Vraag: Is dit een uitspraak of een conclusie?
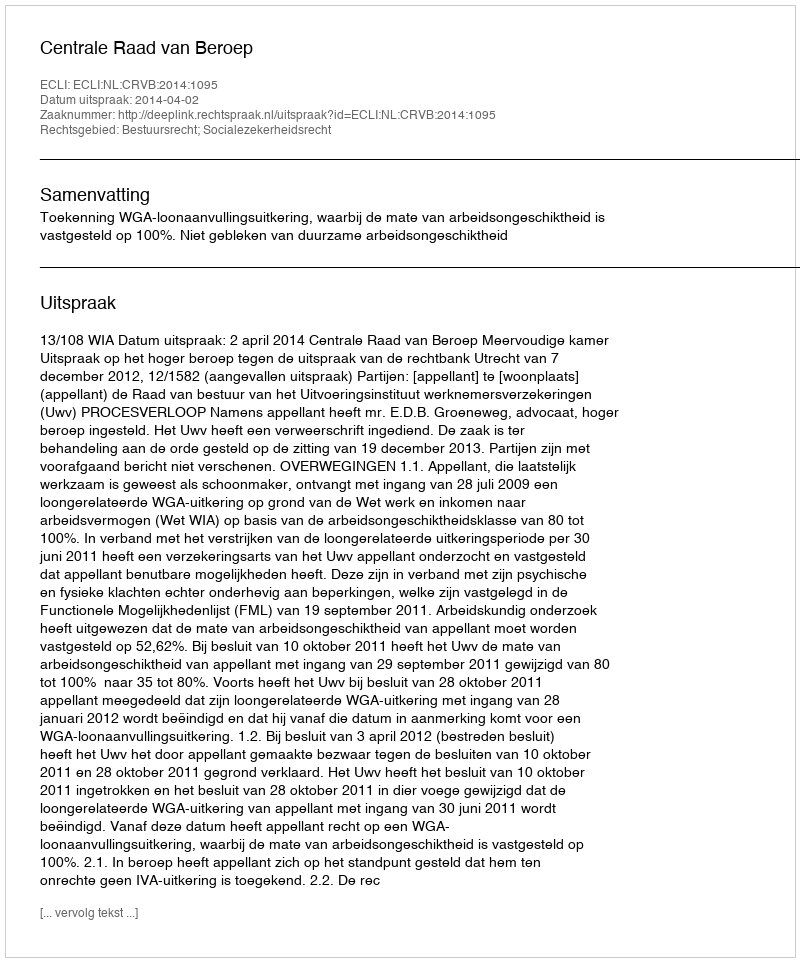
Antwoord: Uitspraak